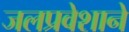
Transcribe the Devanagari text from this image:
जलप्रवेशाने